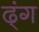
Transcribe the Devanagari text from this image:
ढ्ंग